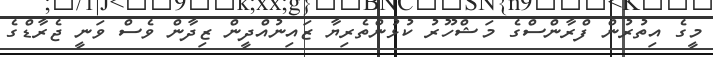
މީގެ އިތުރުން ފްރާންސްގެ މަޝްހޫރު ކުޅުންތެރިޔާ ޒައިނުއްދީން ޒިދާން ވެސް ވަނީ ޖެރާޑްގެ